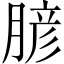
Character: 𦞎